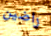
راضين